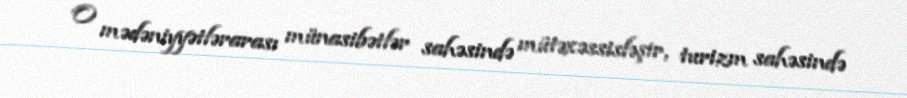
O mədəniyyətlərarası münasibətlər sahəsində mütəxəssisləşir, turizm sahəsində